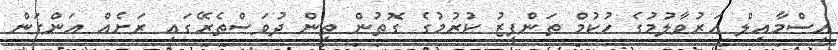
އިސްމާއިލް އަރުވާލުމުގެ ހުކުމް ތަންފީޒު ކުރުމުގެ ގޮތުން ތިން ދުވަސްތެރޭގައި ރަށެއް އަންގަން